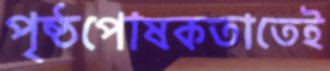
পৃষ্ঠপোষকতাতেই